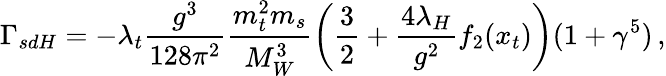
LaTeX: \Gamma_{sdH}=-\lambda_{t}\frac{g^{3}}{128\pi^{2}}\frac{m_{t}^{2}m_{s}}{M_{W}^{3}}\left(\frac{3}{2}+\frac{4\lambda_{H}}{g^{2}}f_{2}(x_{t})\right)(1+\gamma^{5})\, ,